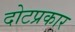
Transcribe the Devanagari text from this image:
दोटप्रकार